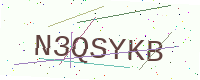
Text: N3QSYKB